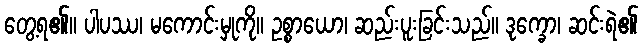
တွေ့ရ၏။ ပါပဿ၊ မကောင်းမှုကို။ ဥစ္စာယော၊ ဆည်းပူးခြင်းသည်။ ဒုက္ခော၊ ဆင်းရဲ၏